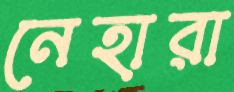
নেহারা